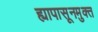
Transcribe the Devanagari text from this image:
ह्यापासूनमुक्त